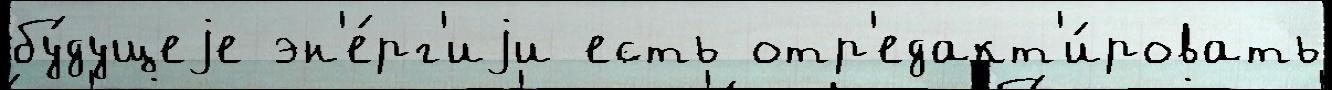
бу́дущеjе эн'е́рг'иjи есть отр'едакт'и́ровать